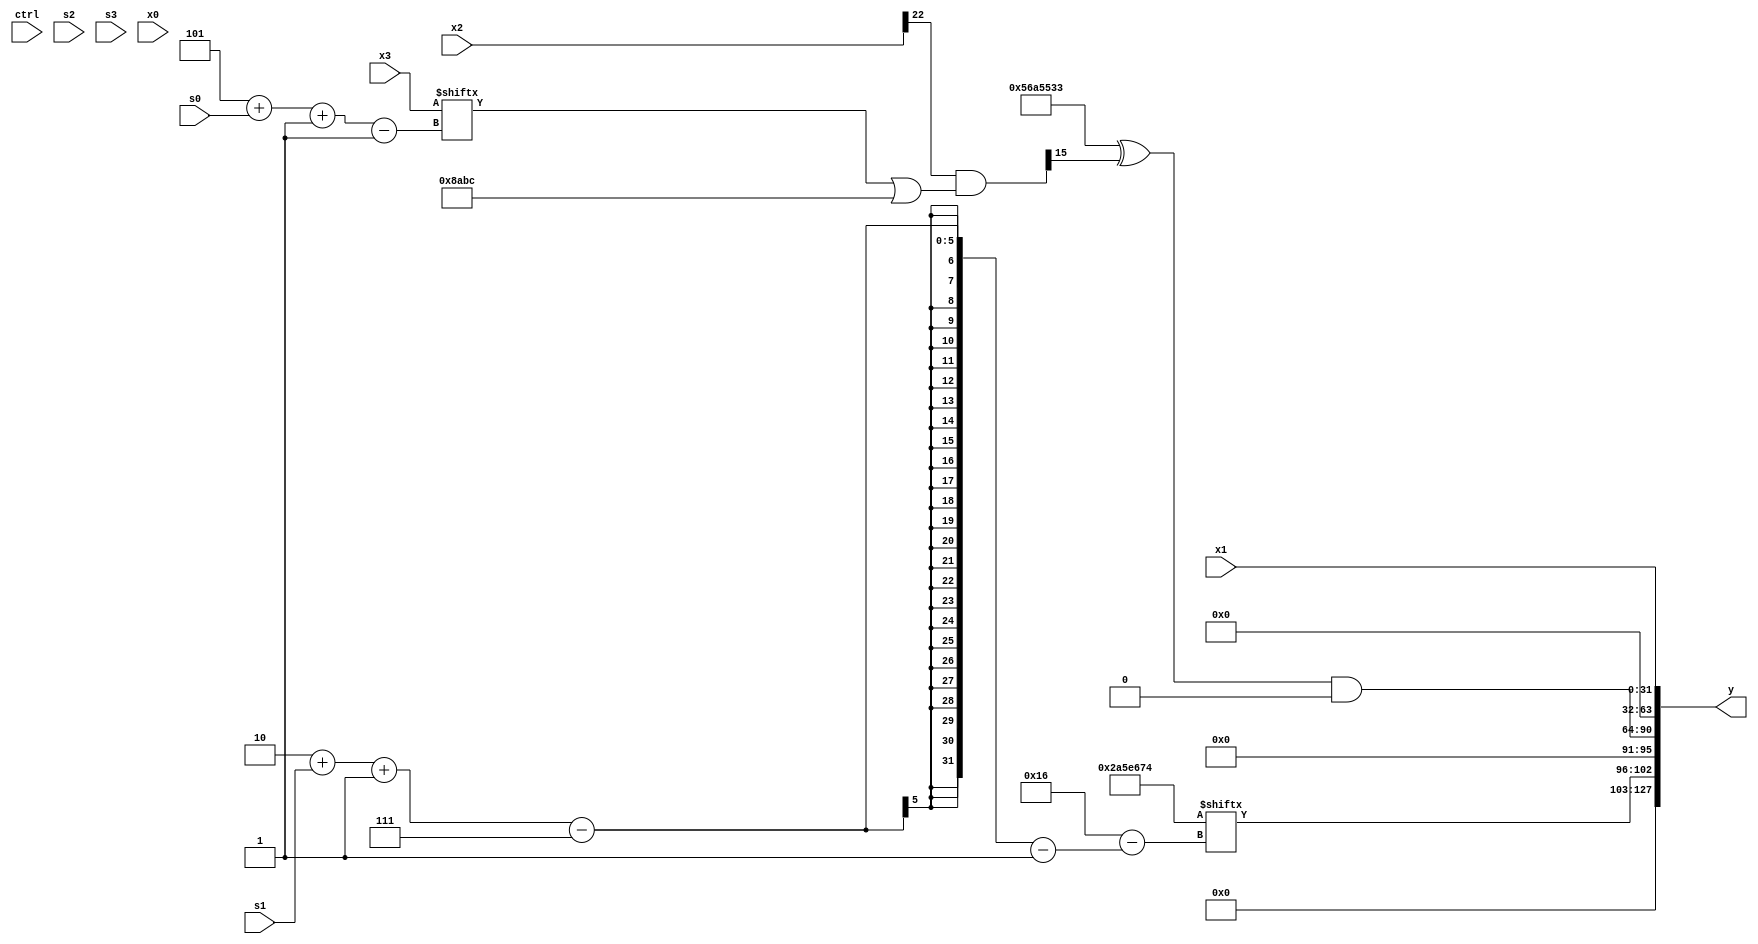
module partsel_00671(ctrl, s0, s1, s2, s3, x0, x1, x2, x3, y);
  input [3:0] ctrl;
  input [2:0] s0;
  input [2:0] s1;
  input [2:0] s2;
  input [2:0] s3;
  input [31:0] x0;
  input signed [31:0] x1;
  input [31:0] x2;
  input [31:0] x3;
  wire signed [3:31] x4;
  wire [25:1] x5;
  wire signed [1:30] x6;
  wire [30:3] x7;
  wire signed [5:28] x8;
  wire [7:27] x9;
  wire [6:24] x10;
  wire signed [0:26] x11;
  wire signed [25:4] x12;
  wire [6:29] x13;
  wire signed [6:25] x14;
  wire [2:30] x15;
  output [127:0] y;
  wire signed [31:0] y0;
  wire signed [31:0] y1;
  wire signed [31:0] y2;
  wire signed [31:0] y3;
  assign y = {y0,y1,y2,y3};
  localparam [31:6] p0 = 522226364;
  localparam [1:29] p1 = 581297780;
  localparam [7:24] p2 = 232113340;
  localparam [31:2] p3 = 90854707;
  assign x4 = {p0[14 + s0], p1[12 + s3 -: 2]};
  assign x5 = (x2[22 -: 1] & (x3[5 + s0 -: 1] | p0));
  assign x6 = p3[13 + s0 -: 7];
  assign x7 = ((p1 | (x4[19 -: 3] & (x0[7 + s3 +: 4] ^ {2{p0}}))) | x3[8 + s0]);
  assign x8 = p1[2 + s1 -: 7];
  assign x9 = p1[16 -: 1];
  assign x10 = x5[16];
  assign x11 = ((x3 - p2[5 + s0]) - ((x10[8 +: 1] - (!ctrl[1] && !ctrl[2] || ctrl[2] ? x0[9] : p1[19])) & (!ctrl[3] || !ctrl[2] || !ctrl[1] ? p1[9] : x7[17 +: 2])));
  assign x12 = p0[7 + s1];
  assign x13 = {p1[14 +: 2], (!ctrl[1] && !ctrl[1] && !ctrl[1] ? x2[17] : x10[27 + s2 +: 1])};
  assign x14 = x8[13 +: 1];
  assign x15 = p3[9];
  assign y0 = x8;
  assign y1 = ((p3 ^ x10) & p2[16]);
  assign y2 = x6[19];
  assign y3 = x1;
endmodule